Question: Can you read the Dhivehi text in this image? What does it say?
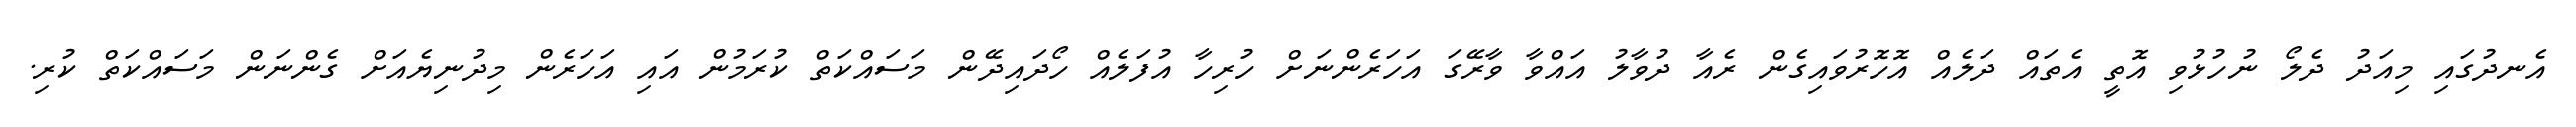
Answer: އެނދުގައި މިއަދު ދެލޯ ނުހުޅުވި އޮތީ އެތައް ދަލެއް އޮހޮރުވައިގެން ރެއާ ދުވާލު އައްވާ ވާރޭގަ އަހަރެންނަށް ހުރިހާ އުފަލެއް ހޯދައިދޭން މަސައްކަތް ކުރަމުން އައި އަހަރެން މިދުނިޔެއަށް ގެންނަން މަސައްކަތް ކުރި.